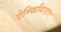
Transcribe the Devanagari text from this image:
ऐम्फिथिएटर